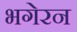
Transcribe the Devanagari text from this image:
भगेरन